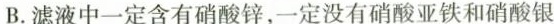
B.滤液中一定含有硝酸锌，一定没有硝酸亚铁和硝酸银